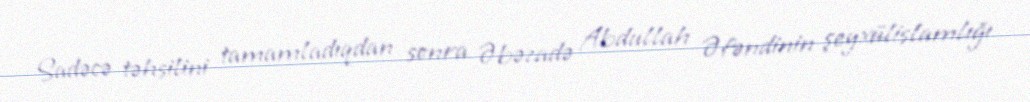
Sadəcə təhsilini tamamladıqdan sonra Əbəzadə Abdullah Əfəndinin şeyxülislamlığı